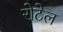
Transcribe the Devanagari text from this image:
रोटेल